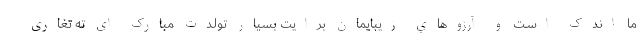
ما اندک اسـت و آرزو‌هاي‌ زیبایمان برایت بسیار تولدت مبارک‌ ای ته تغاری